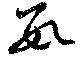
数